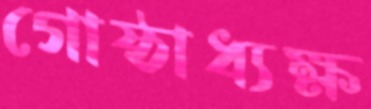
গোষ্ঠাধ্যক্ষ